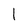
Character: 1